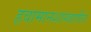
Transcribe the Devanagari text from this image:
हवामानशास्त्रातील